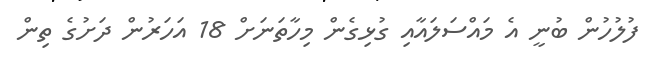
ފުލުހުން ބުނީ އެ މައްސަލައާއި ގުޅިގެން މިހާތަނަށް 18 އަހަރުން ދަށުގެ ތިން